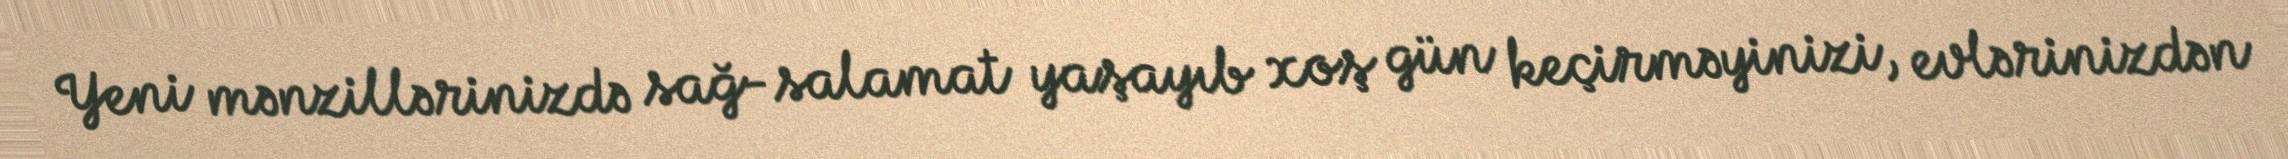
Yeni mənzillərinizdə sağ-salamat yaşayıb xoş gün keçirməyinizi, evlərinizdən